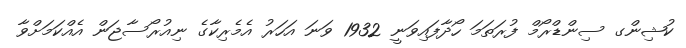
ކުޝިންގ ސިންޑްރޯމް ފުރަތަމަ ހޯދާފައިވަނީ 1932 ވަނަ އަހަރު އެމެރިކާގެ ނިއުރޯސާޖަން އެއްކަމަށްވާ